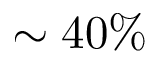
\sim 4 0 \%